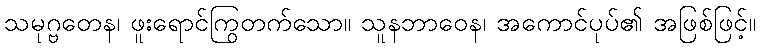
သမုဂ္ဗတေန၊ ဖူးရောင်ကြွတက်သော။ သူနဘာဝေန၊ အကောင်ပုပ်၏ အဖြစ်ဖြင့်။